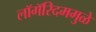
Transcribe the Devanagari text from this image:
लॉगॅरिदममुळे